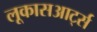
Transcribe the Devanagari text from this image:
लूकासआर्ट्स